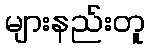
များနည်းတူ